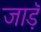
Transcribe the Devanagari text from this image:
जाड़ॅ